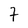
Character: 7